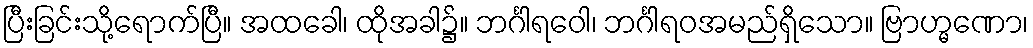
ပြီးခြင်းသို့ရောက်ပြီ။ အထခေါ၊ ထိုအခါ၌။ ဘင်္ဂါရဝေါ၊ ဘင်္ဂါရဝအမည်ရှိသော။ ဗြာဟ္မဏော၊